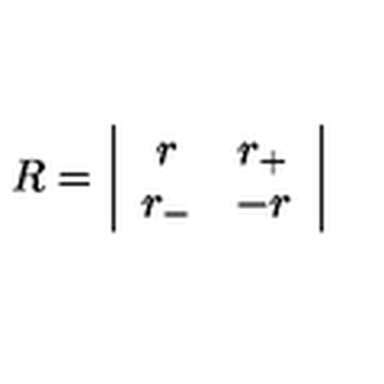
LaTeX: R = \left| \begin{array} { c c } { r } & { r _ { + } } \\ { r _ { - } } & { - r } \\ \end{array} \right|